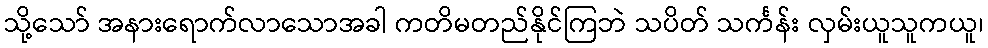
သို့သော် အနားရောက်လာသောအခါ ကတိမတည်နိုင်ကြဘဲ သပိတ် သင်္ကန်း လှမ်းယူသူကယူ၊